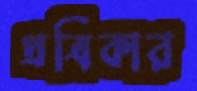
প্রত্রিকার